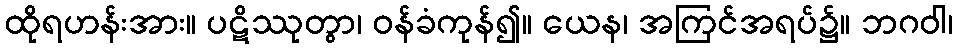
ထိုရဟန်းအား။ ပဋိဿုတွာ၊ ဝန်ခံကုန်၍။ ယေန၊ အကြင်အရပ်၌။ ဘဂဝါ၊